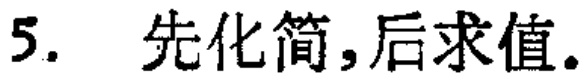
5. 先化简,后求值.